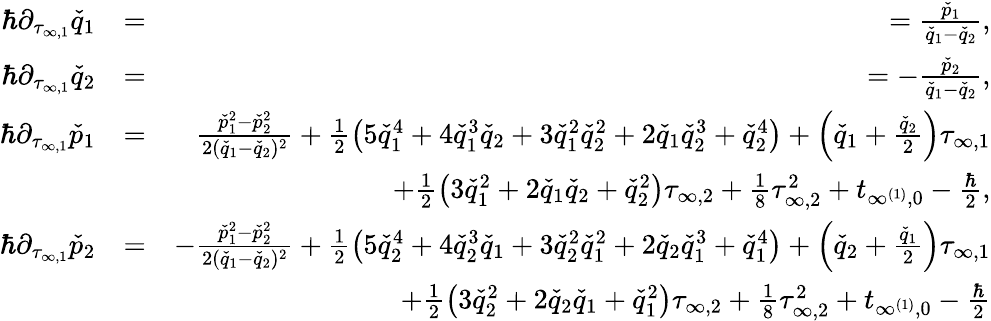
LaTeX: \begin{array}{rlr}{\hbar\partial_{\tau_{\infty,1}}\check{q}_{1}}&{=}&{=\frac{\check{p}_{1}}{\check{q}_{1}-\check{q}_{2}},}\\ {\hbar\partial_{\tau_{\infty,1}}\check{q}_{2}}&{=}&{=-\frac{\check{p}_{2}}{\check{q}_{1}-\check{q}_{2}},}\\ {\hbar\partial_{\tau_{\infty,1}}\check{p}_{1}}&{=}&{\frac{\check{p}_{1}^{2}-\check{p}_{2}^{2}}{2(\check{q}_{1}-\check{q}_{2})^{2}}+\frac{1}{2}\left(5\check{q}_{1}^{4}+4\check{q}_{1}^{3}\check{q}_{2}+3\check{q}_{1}^{2}\check{q}_{2}^{2}+2\check{q}_{1}\check{q}_{2}^{3}+\check{q}_{2}^{4}\right)+\left(\check{q}_{1}+\frac{\check{q}_{2}}{2}\right)\tau_{\infty,1}}\\ &{}&{+\frac{1}{2}\left(3\check{q}_{1}^{2}+2\check{q}_{1}\check{q}_{2}+\check{q}_{2}^{2}\right)\tau_{\infty,2}+\frac{1}{8}\tau_{\infty,2}^{2}+t_{\infty^{(1)},0}-\frac{\hbar}{2},}\\ {\hbar\partial_{\tau_{\infty,1}}\check{p}_{2}}&{=}&{-\frac{\check{p}_{1}^{2}-\check{p}_{2}^{2}}{2(\check{q}_{1}-\check{q}_{2})^{2}}+\frac{1}{2}\left(5\check{q}_{2}^{4}+4\check{q}_{2}^{3}\check{q}_{1}+3\check{q}_{2}^{2}\check{q}_{1}^{2}+2\check{q}_{2}\check{q}_{1}^{3}+\check{q}_{1}^{4}\right)+\left(\check{q}_{2}+\frac{\check{q}_{1}}{2}\right)\tau_{\infty,1}}\\ &{}&{+\frac{1}{2}\left(3\check{q}_{2}^{2}+2\check{q}_{2}\check{q}_{1}+\check{q}_{1}^{2}\right)\tau_{\infty,2}+\frac{1}{8}\tau_{\infty,2}^{2}+t_{\infty^{(1)},0}-\frac{\hbar}{2}}\end{array}